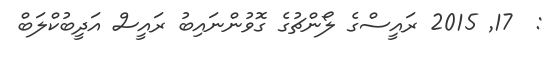
:  17